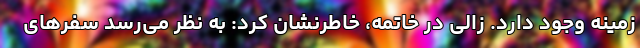
زمینه وجود دارد. زالی در خاتمه، خاطرنشان کرد: به نظر می‌رسد سفرهای